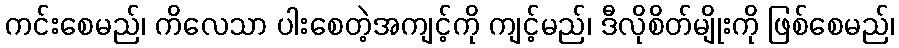
ကင်းစေမည်၊ ကိလေသာ ပါးစေတဲ့အကျင့်ကို ကျင့်မည်၊ ဒီလိုစိတ်မျိုးကို ဖြစ်စေမည်၊